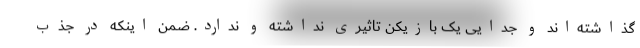
گذاشته‌اند و جدایی یک بازیکن تاثیری نداشته و ندارد. ضمن اینکه در جذب